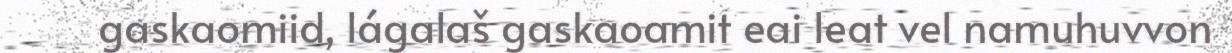
gaskaomiid, lágalaš gaskaoamit eai leat vel namuhuvvon